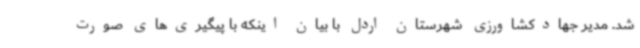
شد. مدیر جهادکشاورزی شهرستان اردل با بیان اینکه با پیگیری‌های صورت